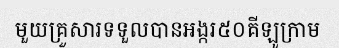
មួយគ្រួសារទទួលបានអង្ករ៥០គីឡូក្រាម